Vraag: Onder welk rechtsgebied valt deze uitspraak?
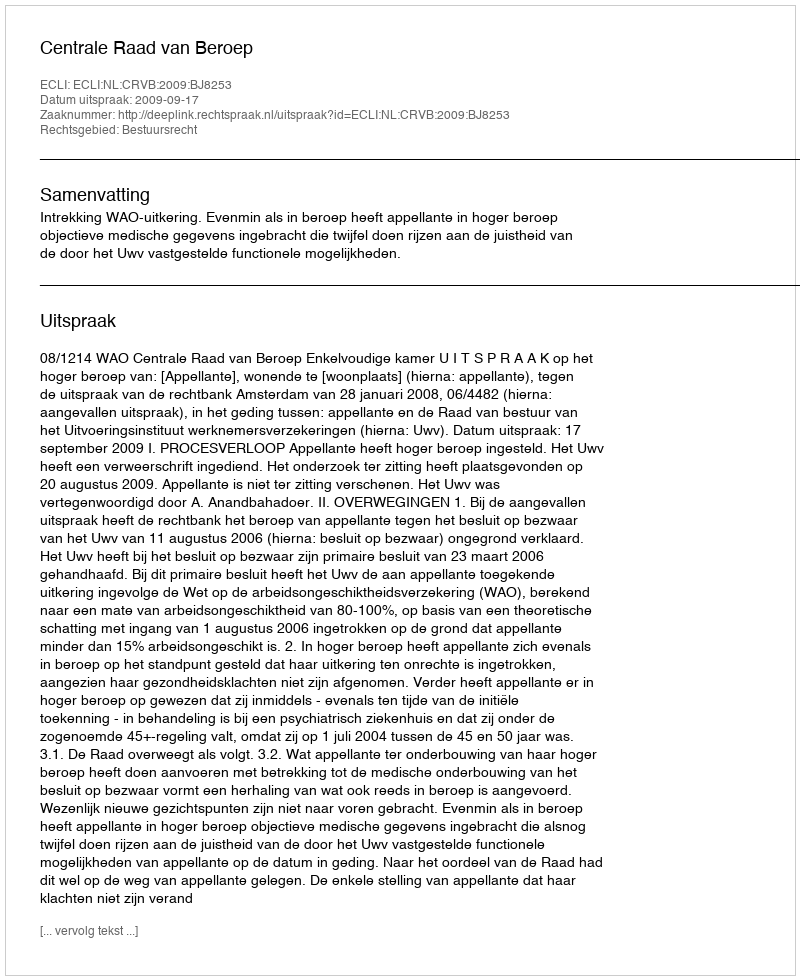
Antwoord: Bestuursrecht